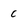
Character: c